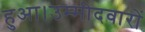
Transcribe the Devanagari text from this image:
हुआ।उम्मीदवारों